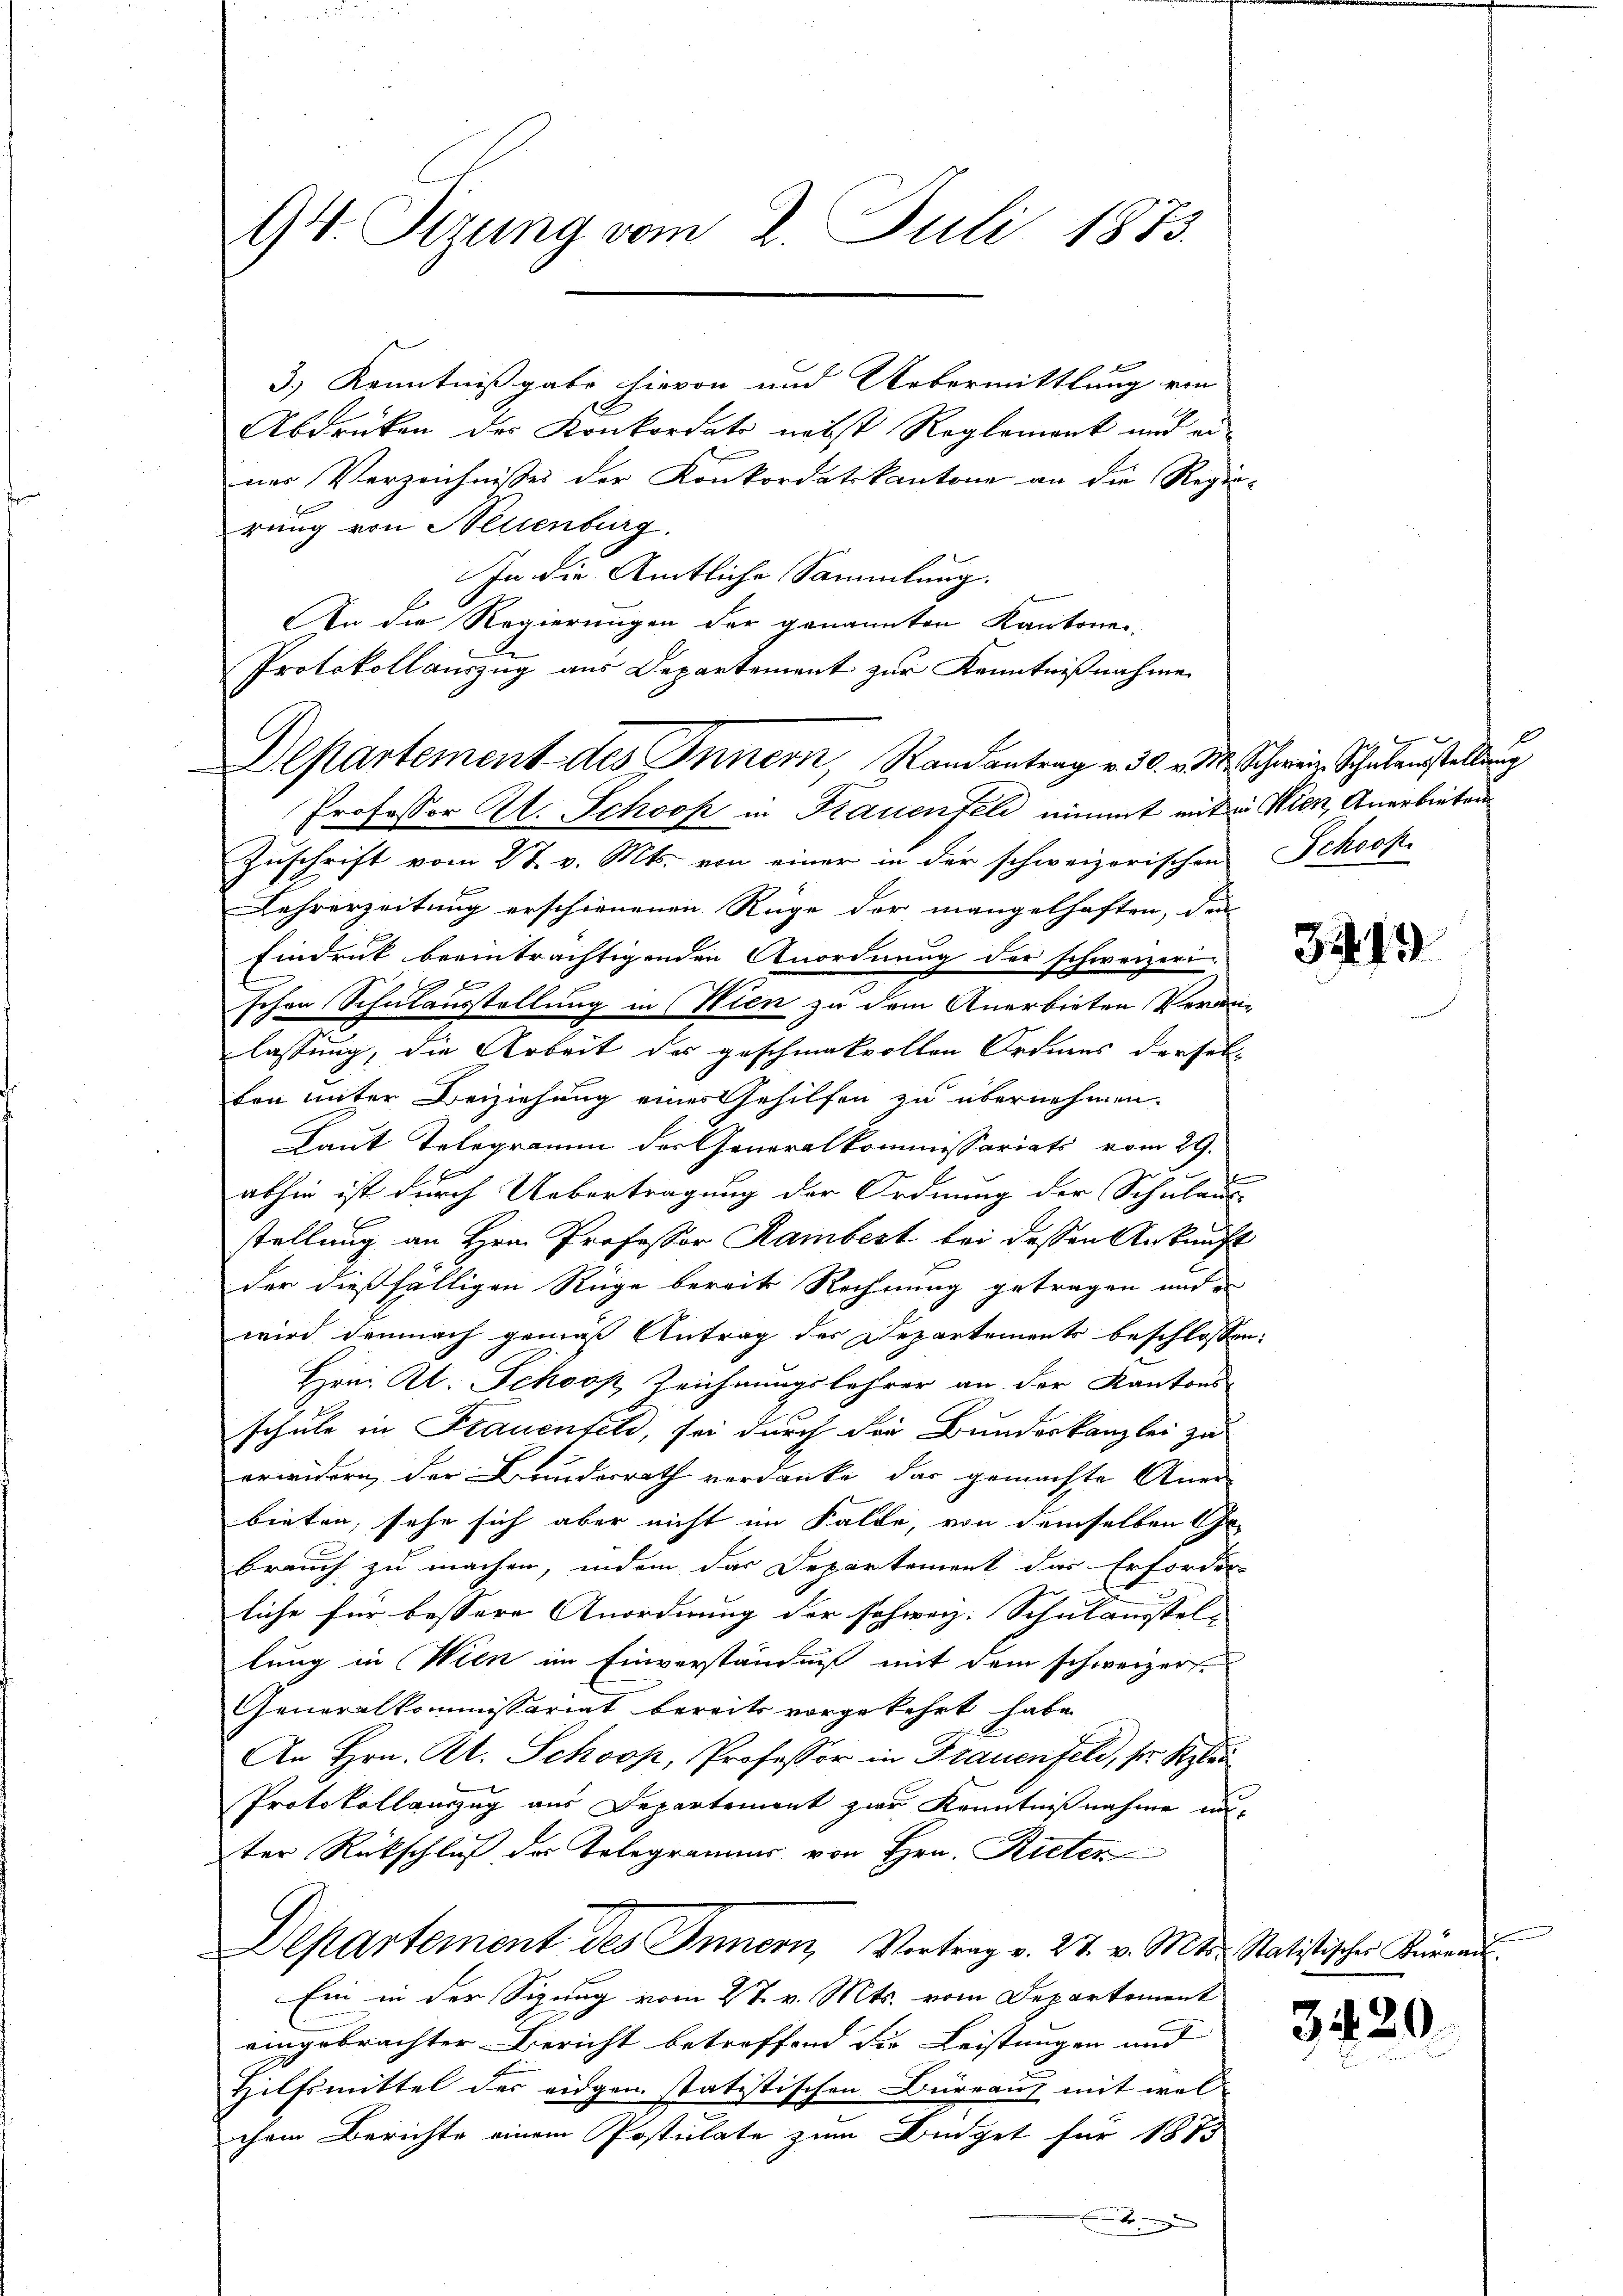
94. Tizung vom 2. Juli 1873.

3.) Kenntnißgabe hievon und Uebermittlung von
Abdrücken des Konkordats nebst Reglement und ei
nes Verzeichnisses der Konkordatskantone an die Regie-
rung von Neuenburg.
In die Amtliche Sammlung.
An die Regierungen der genannten Kantone
Protokollauszug aus Departement zur Kenntnißnahme

Departement des Innern, Randantrag v. 30. v. M. Schweiz. Schulaustellung

Professor A. Schooß in Frauenfeld nimmt mit in Wien, Anerbieten
Zuschrift vom 27. v. Mts. von einer in der schweizerischen Schoofi
Lehrerzeitung erschienenen Rüge der mangelhaften, den
Eindruck beeinträchtigenden Anordnung der schweizerischen Schulausstellung in Wien zu dem Anerbieten Veranlassung, die Arbeit des geschmackvollen Ordnens derselben unter Beiziehung eines Gehilfen zu übernehmen.
Laut Telegramm der Generalkommissariats vom 29.
e
abhin ist durch Uebertragung der Ordnung der Schulaus-
stellung an Hrn. Professor Rambert bei dessen Ankunft
der dießfälligen Rüge bereits Rechnung getragen und es
wird demnach gemäß Antrag des Departements beschlossen:
Hrni Kt. Schooß Zeichnungslehrer an der Kantons-
schule in Frauenfeld, sei durch die Bundeskanzlei zu
erwidern, der Bundesrath verdanke, das gemachte Aner-
bieten, sehe sich aber nicht im Falle, von demselben Ge-
brauch zu machen, indem das Departement das Erforder-
liche für bessere Anordnung der schweiz. Schulausstel-
lung in Wien im Einverständniß mit dem schweizer-
Generalkommissariat bereits vorgekehrt habe.
An Hrn. Kl. Schoop, Professor in Frauenfeld, so Span
Protokollauszug aus Departement zur Kenntnißnahme mi
ter Rückschluß der Telegrammes von Hrn. Rieten
Departement des Innern, Vortrag v. 27. v. Mts. Statistischer Kerrai
Ein in der Sigung vom 27. v. Mts. vom Departement
eingebrachter Bericht betroffend die Leistungen und
Hilfsmittel der eidgen. statistischen Büreaus mit welchem Berichte einem Postulate zum Büdget für 1873

313

3420.